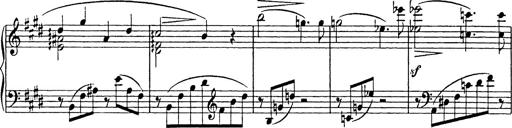
Title: Consolations
Composer: Franz Liszt